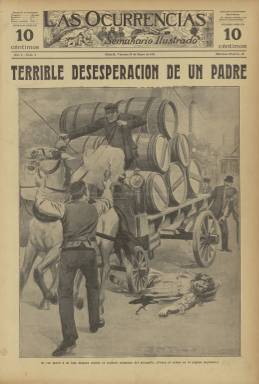
Título: Las Ocurrencias (Madrid. 1911)
Colección: Periódicos
Ámbito geográfico: Madrid
Lugar de publicación: Madrid
Fechas: 19/05/1911-26/12/1913

Periódico ilustrado especializado en sucesos  que aprovechó el creciente interés del público por este tipo de noticias que solían formar una sección en los diarios de interés general. Su primer número de 12 de mayo de 1991 llevaba el título de Las Ocurrencias ilustradas (publicado con este título en la Hemeroteca Digital) y el subtítulo de Semanario gráfico, pero a partir del segundo número el título quedó solo en Las Ocurrencias, con el subtítulo de Semanario ilustrado.

    El primer periódico en España de sucesos propiamente dicho se había publicado de 1882 a 1885 con el título de Los Sucesos y una cabecera muy del tipo americana, aunque dejó de editarse antes del conocido como crimen de la calle Fuencarral, en 1888, suceso madrileño que despertó el gusto por el sensacionalismo en el público, con numerosas páginas dedicadas a este tipo de información en toda la prensa.

   Con el curioso título de Las Ocurrencias, que no tiene para nosotros ahora el significado de sucesos que tenía hace 100 años, esta publicación competía con otras en los primeros años del siglo XX y se destacó por su extremado sensacionalismo, con portadas que eran recreaciones de crímenes, catástrofes y todo tipo de sucesos escabrosos y extraños.

   En el primer número podemos ver en portada cómo el sultán de Marruecos castigaba a los rebeldes, con sus cabezas cortadas clavadas en palos en las murallas de Fez, y en el siguiente número la recreación de un suceso ocurrido en Lyon (Francia) bajo el título: ‘Terrible desesperación de un padre’. Un carromato atropelló a una niña y el padre fue a por una pistola y disparó sobre el cochero dejándole gravemente herido.

   El dibujo de la escena pone de relieve la imaginación que derrochaban los ilustradores del periódico, de la que se puede ver otro ejemplo ya casi al final de la publicación, en el número de 21 de noviembre de 1913, donde con el título ‘Emocionante concierto entre leones’ aparece una ilustración con una cantante y una pianista de circo dando un recital entre fieras.

     El semanario, de ocho páginas, daba además otro tipo de información, como noticias taurinas, de teatro y variedades, pero su especialidad eran los sucesos recreados en morbosos dibujos, con fotografía de los protagonistas cuando era posible obtenerla e incluso con fotos de cadáveres cuando se producía algún accidente con numerosas víctimas, como un incendio o el hundimiento de un edificio.

    Uno de los sucesos que conmocionó a la sociedad española durante los primeros años del siglo fue el conocido como crimen del capitán Sánchez, en 1913. Este oficial de ejército en la reserva mató en su casa a martillazos a un hombre que flirteaba con su hija, a quien tenía como amante y proxeneta. El capitán vivía con ella y otros tres hijos pequeños y se había arruinado con el juego, por lo que utilizaba a su hija para que le proporcionara dinero.

   Los periódicos convirtieron este crimen en un serial con informaciones diarias de las pesquisas para hallar el cadáver descuartizado de la víctima. A la hora del juicio hubo quien pidió el indulto del capitán por sus servicios en la guerra de Cuba, pero fue condenado a muerte y su hija a 20 años de reclusión.

   En su número de 29 de agosto de 1913, Las Ocurrencias publicó una imagen del reo en la cárcel vestido de uniforme con el título: ‘Último retrato del capitán Sánchez’, foto hecha por el célebre fotógrafo madrileño Alfonso.

    Y en el número de 7 de noviembre, la publicación ofrecía la recreación del fusilamiento del capitán que se había producido días antes en el Campamento de Carabanchel. Curiosamente dos aeroplanos sobrevuelan el lugar cuando tiene lugar la descarga. Una doble página interior da abundante información con foto de los hijos del capitán y una tarjeta autógrafa de éste perdonando “a todos los que hayan contribuido a mi desgracia”, así como otra de su hija María Luisa perdonando a su padre, “sin que mi corazón le guarde rencor alguno”.

   En el último número que posee la BNE de este semanario, que quizá no se prolongó mucho más por la competencia que había ya en este tipo de prensa,  se da información de la ficha policial del autor del robo de la Gioconda en el Louvre, cuadro que acababa de ser recuperado tras su sustracción en 1911.

[Descripción publicada el 15/03/2019]